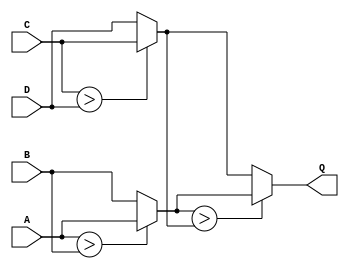
`timescale 1ns / 1ps
//

module maxim_behv(A,B,C,D,Q);
input [3:0]A,B,C,D;
output reg [3:0]Q;
reg [3:0]temp1,temp2;

always @(*)
	begin
		if (A>B) //=============
		     temp1 = A;
		else temp1 = B;

		if (C>D)  //=============
		     temp2 = C;
		else temp2 = D;

		if (temp1>temp2)  //=======
		     Q = temp1;
		else Q = temp2;

	end


endmodule